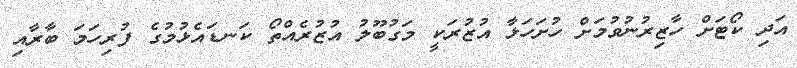
އަދި ކޯޓަށް ހާޒިރުނުވުމަށް ހުށަހަޅާ އުޒުރަކީ މަގުބޫލު އުޒުރެއްތޯ ކަނޑައެޅުމުގެ ފުރިހަމަ ބާރާއި